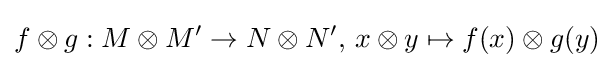
f\otimes g:M\otimes M'\to N\otimes N',\,x\otimes y\mapsto f(x)\otimes g(y)